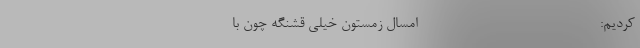
کردیم: ----------------------------- امسال زمستون خیلی قشنگه چون با